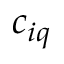
c _ { i q }